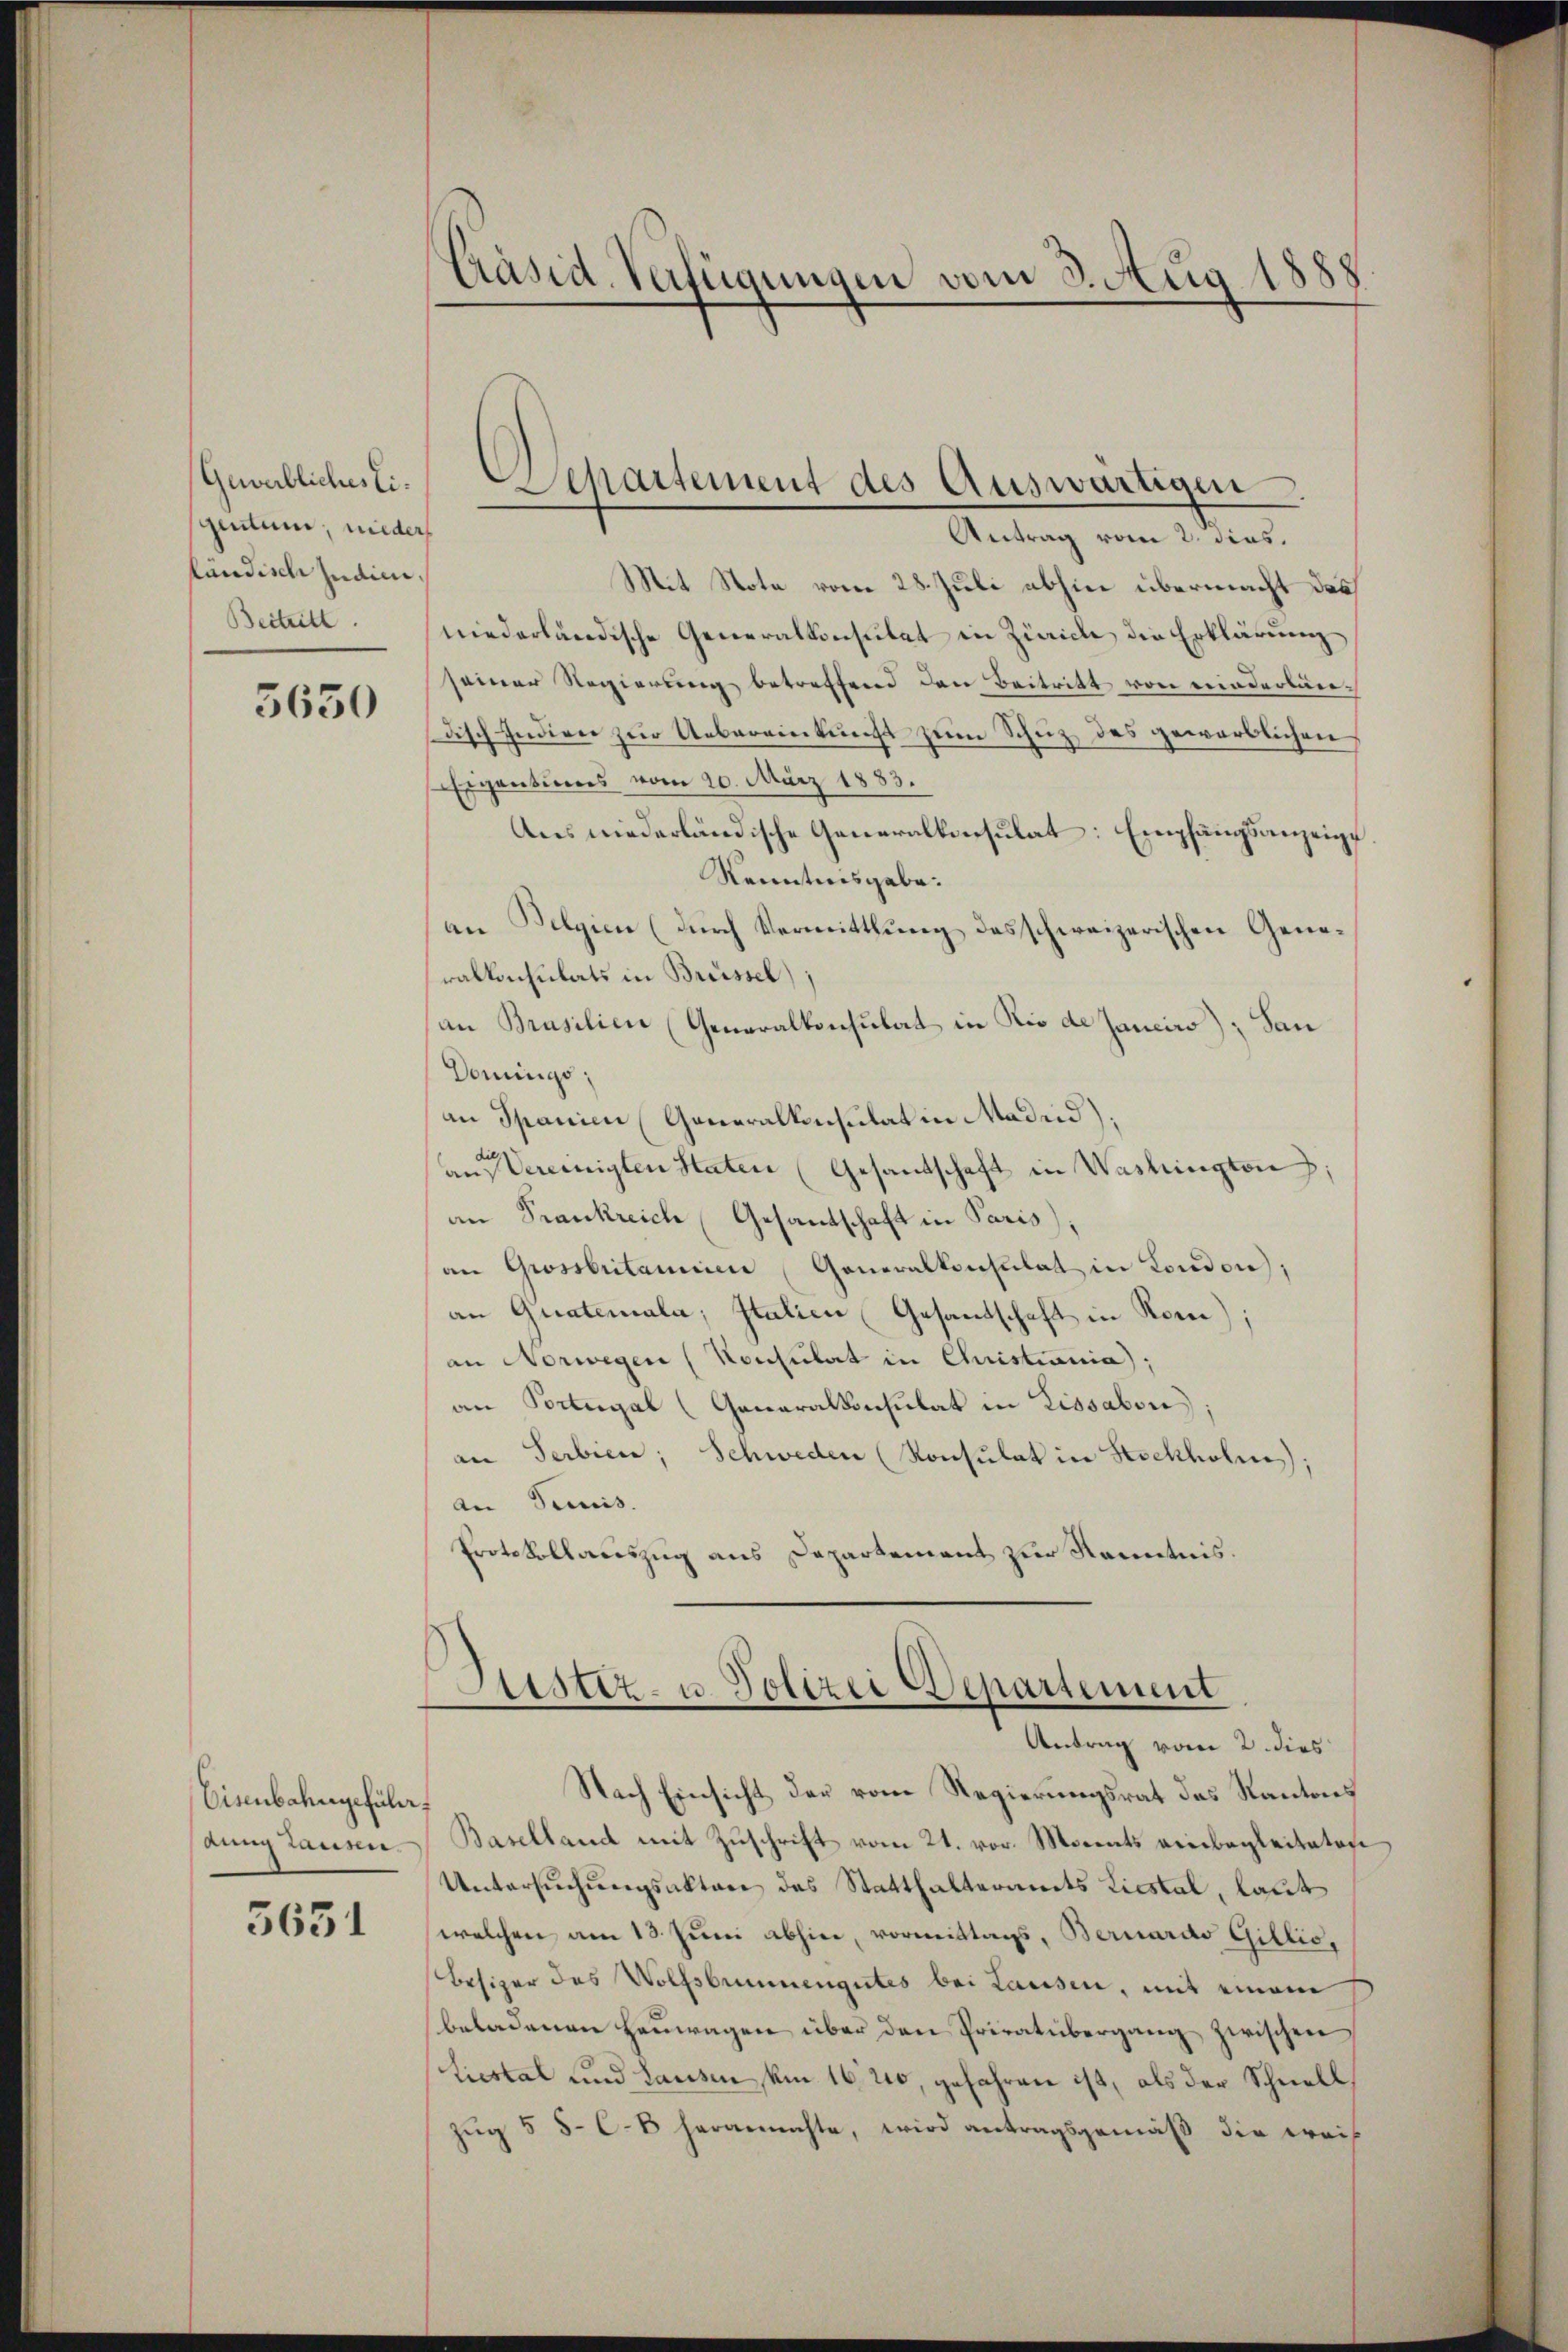
Gewerbliches Eigentum, nieder
ländisch Judici,
Beitritt.

3630

Eisenbahngeführ
dung Lausen.

5631

Präsid. Verfügungen vom 3. Aug 1888.

Mit Note vom 28. Juli abhin übermacht das
niederländische Generalkonsulat in Zürich die Erklärung
seiner Regierung betreffend den Beitritt von einderturedisch Indien zur Uebereinkunft zum Schutz des gewerblichen
Eigentums vom 20. März 1883.
Ans niederländische Generalkonsulat: Empfangsanzeigt
Kenntnisgabe.
an Belgien (durch Vermittlung des schweizerischen Generalkonsulats in Brüssel):
an Brasilien (Generalkonsulat in Rio de Jancirs); San
Domings,
an Spanien (Generalkonsulat in Madrid)
an Vereinigten Staten (Gesandtschaft in Washington;
an Frankreich Gesandschaft in Paris)
an Grossbritanien Generalkonsulat in London;
an Guateriala, Italien (Gesandschaft in Ron)
an Norwegen (Konsulat in Christiania);
an Portugal (Generalkonsulat in Lissabon
an Serbien; Schweden (Konsulat in Stockholme;
an Semis.
Protokollauszug aus Departement zur Kenntnis.

Separtement des Auswärtigen.
Antrag vom 2. dies

iister- u Polizei Departement
Antrag vom 2. dies

Nach Einsicht der vom Regierungsrat des Kantons
Baselland mit Zuschrift vom 21. vor. Moments einbegleiteten
Untersuchungsaktere des Statthalteramts Liestal, laut
welchen am 13. Juni abhin, vormittags, Bernardo Gillis,
Besizer des Wolfsbrunnengutes bei Lausen, mit einem
beladenen heŭwagen über den Privatübergang zwischen
(Liestal und Lausen, um 16. 210, gefahren ist, als der Schnell
Zug § 5 C.8 heranmachte, wird antragsgemäß die weis